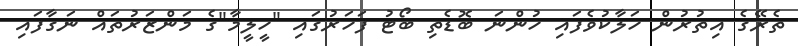
ތެރޭގެ އިތުރުން ހަލާކުވެފައި ހުންނަ ބޮޑެތި ބޯޓު ފަހަރުގައި "ހީލީމާ"ގެ މަންޒަރުތައް ނަގާފައި